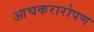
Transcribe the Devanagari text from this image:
आचकरारोपण